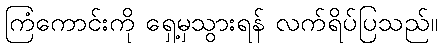
ကြံကောင်းကို ရှေ့မှသွားရန် လက်ရိပ်ပြသည်။